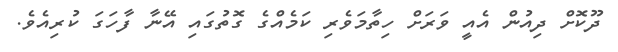
ދޫކޮށް ދިއުން އެއީ ވަރަށް ހިތާމަވެރި ކަމެއްގެ ގޮތުގައި އޭނާ ފާހަގަ ކުރިއެވެ.